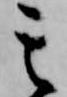
其